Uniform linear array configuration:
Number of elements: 12
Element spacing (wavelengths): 0.75
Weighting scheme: uniform
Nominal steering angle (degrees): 0
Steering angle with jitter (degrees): -1.577
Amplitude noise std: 0.05
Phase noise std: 0.05

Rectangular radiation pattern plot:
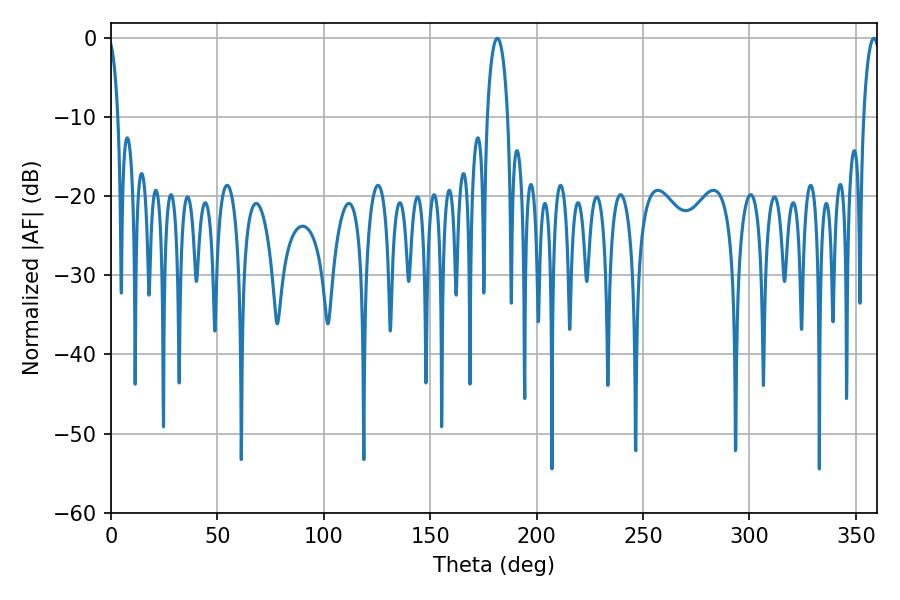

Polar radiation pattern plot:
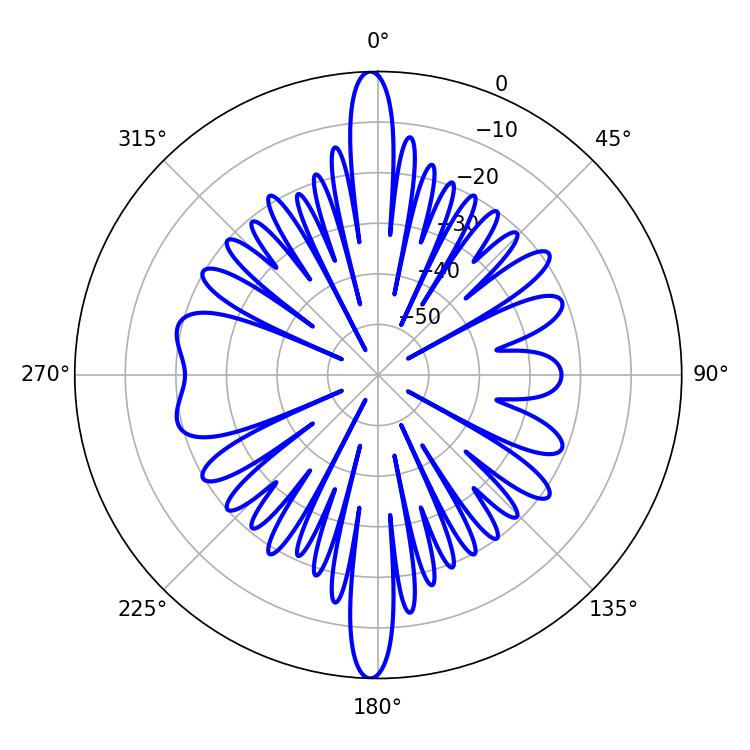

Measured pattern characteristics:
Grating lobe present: TRUE
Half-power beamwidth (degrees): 5.58
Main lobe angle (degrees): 181.62